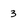
Character: 3